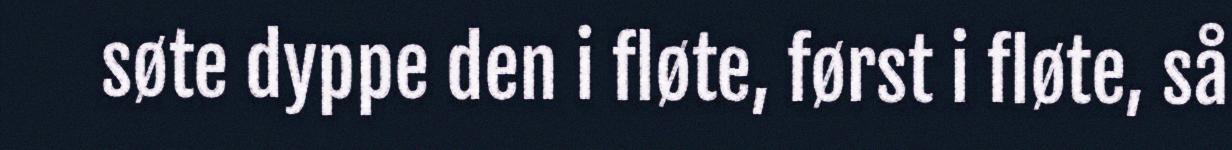
søte dyppe den i fløte, først i fløte, så